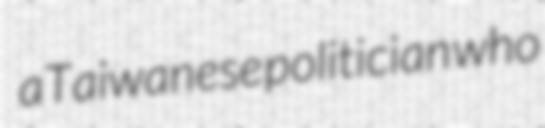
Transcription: a Taiwanese politician who